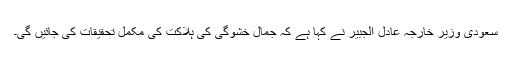
سعودی وزیرِ خارجہ عادل الجبیر نے کہا ہے کہ جمال خشوگی کی ہلاکت کی مکمل تحقیقات کی جائیں گی۔